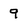
Character: 9